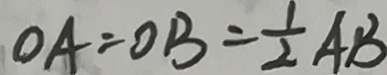
O A = O B = \frac { 1 } { 2 } A B